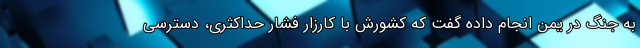
به جنگ در یمن انجام داده گفت که کشورش با کارزار فشار حداکثری، دسترسی